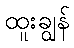
ထူးချွန်